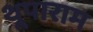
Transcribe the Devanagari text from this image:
थूपाराम